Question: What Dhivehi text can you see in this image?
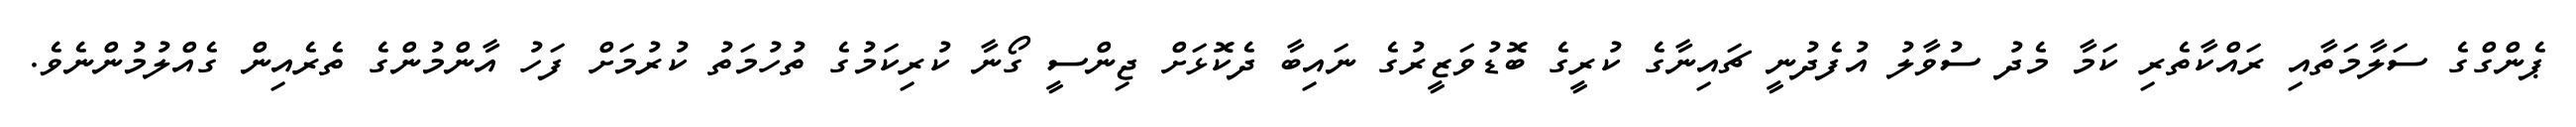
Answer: ޕެންގްގެ ސަލާމަތާއި ރައްކާތެރި ކަމާ މެދު ސުވާލު އުފެދުނީ ޗައިނާގެ ކުރީގެ ބޮޑުވަޒީރުގެ ނައިބާ ދެކޮޅަށް ޖިންސީ ގޯނާ ކުރިކަމުގެ ތުހުމަތު ކުރުމަށް ފަހު އާންމުންގެ ތެރެއިން ގެއްލުމުންނެވެ.